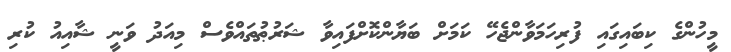
މީހުންގެ ކިބައިގައި ފުރިހަމަވާންޖެހޭ ކަމަށް ބަޔާންކޮށްފައިވާ ޝަރުޠުތައްވެސް މިއަދު ވަނީ ޝާއިއު ކުރި